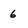
Character: 6